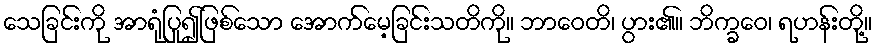
သေခြင်းကို အာရုံပြု၍ဖြစ်သော အောက်မေ့ခြင်းသတိကို။ ဘာဝေတိ၊ ပွား၏။ ဘိက္ခဝေ၊ ရဟန်းတို့။